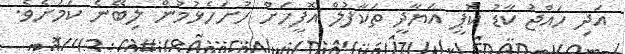
އަދި ހައްޖު ކާޑު ކޮޕީ އަޔާދީ ތަކާފުލް އޮފީހަށް ހުށަހެޅުމުން ލިބޭނެ ކަމަށެވެ.